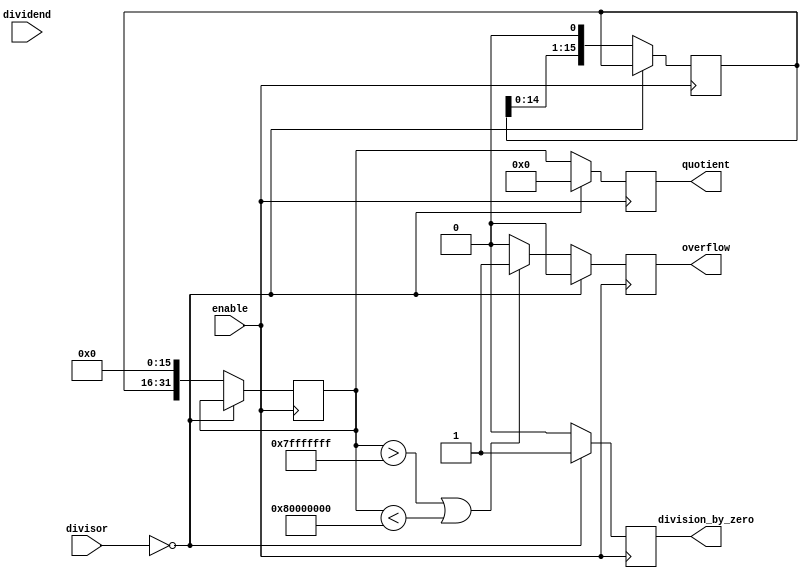
module fixed_point_divider (
    input wire signed [15:0] dividend,
    input wire signed [15:0] divisor,
    input wire enable,
    output reg signed [31:0] quotient,
    output reg division_by_zero,
    output reg overflow
);

reg signed [15:0] quotient_int;
reg signed [31:0] quotient_fixed;
reg signed [31:0] remainder;
reg signed [15:0] divisor_abs;
reg signed [15:0] dividend_abs;

always @ (posedge enable) begin
    // handle division by zero
    if (divisor == 16'h0000) begin
        division_by_zero <= 1;
        overflow <= 0;
        quotient <= 32'h0000_0000;
    end else begin
        division_by_zero <= 0;

        // calculate absolute values
        if (dividend < 0) begin
            dividend_abs <= -dividend;
        end else begin
            dividend_abs <= dividend;
        end
        
        if (divisor < 0) begin
            divisor_abs <= -divisor;
        end else begin
            divisor_abs <= divisor;
        end

        // perform division operation
        quotient_int <= 16'h0000;
        remainder <= dividend_abs;
        repeat (16) begin
            remainder <= (remainder << 1);
            if (remainder >= divisor_abs) begin
                remainder <= remainder - divisor_abs;
                quotient_int[15] <= 1;
            end else begin
                quotient_int[15] <= 0;
            end
            quotient_int <= (quotient_int << 1);
        end

        // convert quotient into fixed-point format
        quotient_fixed <= {quotient_int, 16'h0000};

        // handle overflow condition
        if (quotient_fixed > 32'h7FFF_FFFF || quotient_fixed < -32'h8000_0000) begin
            overflow <= 1;
        end else begin
            overflow <= 0;
        end

        quotient <= quotient_fixed;
    end
end
endmodule